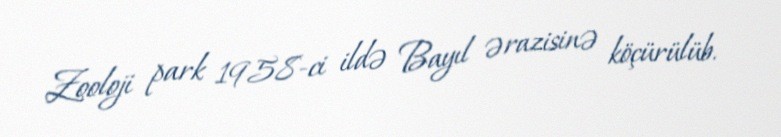
Zooloji park 1958-ci ildə Bayıl ərazisinə köçürülüb.